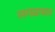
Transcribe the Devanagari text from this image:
सगळयात